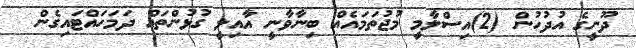
ދޫނީގެ އުދުހުން (2)އިސްލާމީ މުޖުތަމައެއް ބިނާވާނީ އާއިލީ ގުޅުންތައް ދަމަހައްޓައިގެން